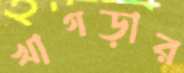
খাগড়ার